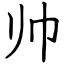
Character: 帅